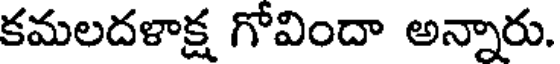
కమలదళాక్ష గోవిందా అన్నారు.